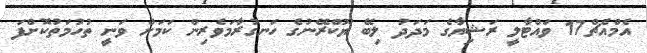
އެމްއެޗް17 ވައްޓާލީ ރަޝިޔާގެ މަދަދު ލިބޭ ޔޫކްރޭނުގެ ހަނގުރާމަވެރިން ކަމަށް ވަނީ ތުހުމަތުކޮށްފަ